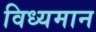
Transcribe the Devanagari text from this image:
विध्‍यमान